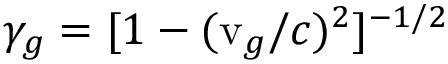
\gamma _ { g } = [ 1 - ( \mathrm { v } _ { g } / c ) ^ { 2 } ] ^ { - 1 / 2 }